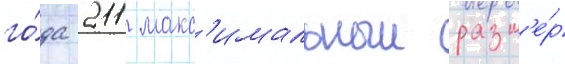
го́да 211 макс'имальныи разм'е́р